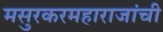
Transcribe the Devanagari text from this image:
मसुरकरमहाराजांची